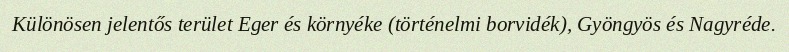
Különösen jelentős terület Eger és környéke (történelmi borvidék), Gyöngyös és Nagyréde.